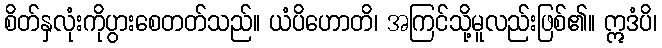
စိတ်နှလုံးကိုပွားစေတတ်သည်။ ယံပိဟောတိ၊ အကြင်သို့မူလည်းဖြစ်၏။ ဣဒံပိ၊